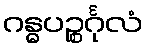
ဂန္ဓပဉ္စင်္ဂုလံ